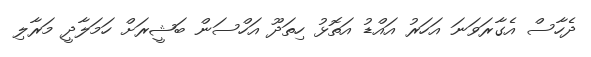
ދެހާސް އެގާރަވަނަ އަހަރު އައްޑު އަތޮޅު ހިތަދޫ އަހްސަން ބަޝީރަށް ހަމަލާދީ މަރާލި